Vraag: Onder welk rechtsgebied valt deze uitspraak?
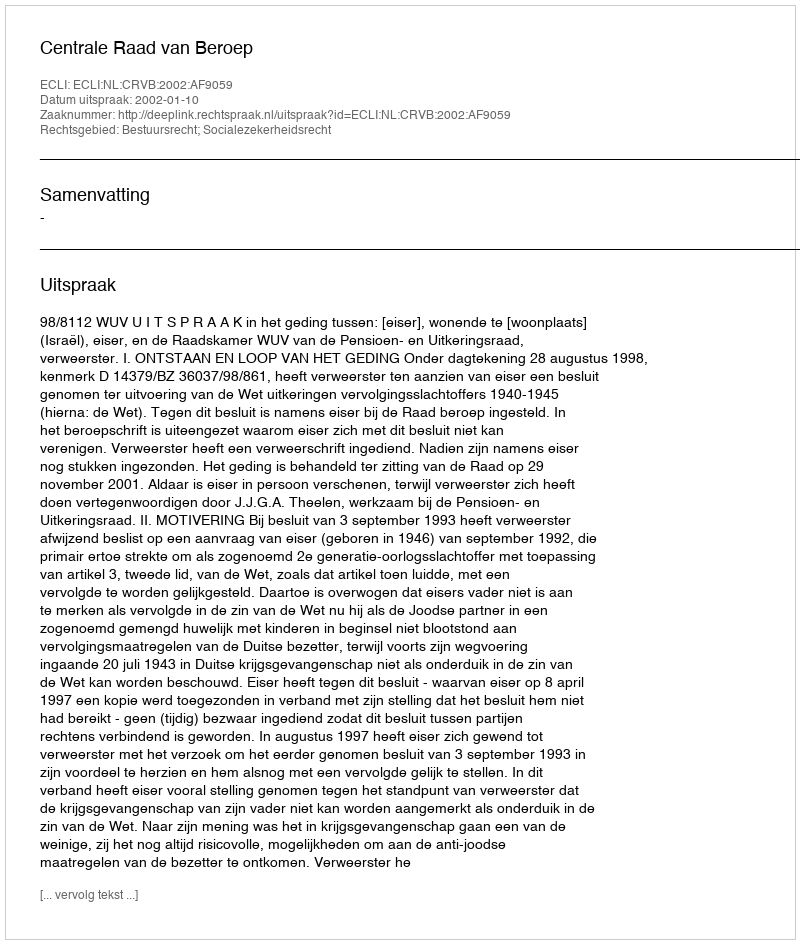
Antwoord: Bestuursrecht; Socialezekerheidsrecht